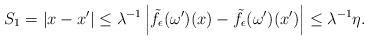
LaTeX: \begin{align*}S_1=\vert x-x^\prime \vert \leq \lambda ^{-1} \left\vert \tilde f_\epsilon (\omega ^\prime) (x) - \tilde f_\epsilon (\omega ^\prime) (x^\prime) \right\vert \leq \lambda ^{-1} \eta .\end{align*}